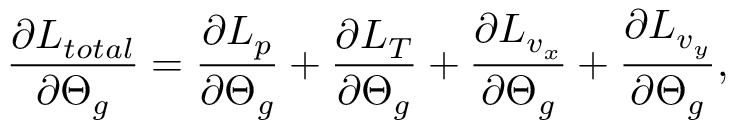
\frac { \partial L _ { t o t a l } } { \partial \boldsymbol { \Theta } _ { g } } = \frac { \partial L _ { p } } { \partial \boldsymbol { \Theta } _ { g } } + \frac { \partial L _ { T } } { \partial \boldsymbol { \Theta } _ { g } } + \frac { \partial L _ { v _ { x } } } { \partial \boldsymbol { \Theta } _ { g } } + \frac { \partial L _ { v _ { y } } } { \partial \boldsymbol { \Theta } _ { g } } ,